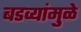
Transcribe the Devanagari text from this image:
बडव्यांमुळे